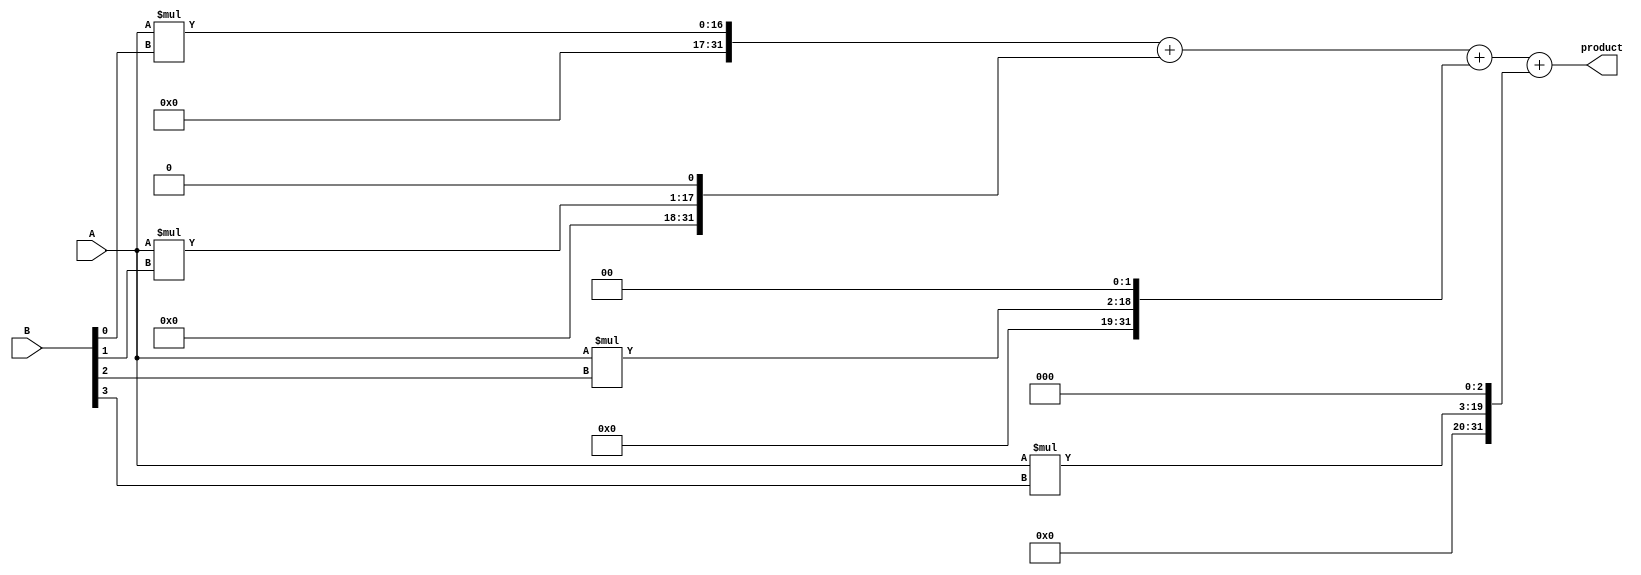
module carry_save_multiplier (
    input wire [15:0] A,
    input wire [15:0] B,
    output wire [31:0] product
);

wire [31:0] partial_products [3:0];

// Calculate partial products
assign partial_products[0] = A * B[0];
assign partial_products[1] = A * B[1] << 1;
assign partial_products[2] = A * B[2] << 2;
assign partial_products[3] = A * B[3] << 3;

// Carry-save adder to accumulate the partial products
assign product = partial_products[0] + partial_products[1] + partial_products[2] + partial_products[3];

endmodule